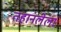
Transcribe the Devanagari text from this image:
तहानलेला